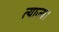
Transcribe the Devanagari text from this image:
त्याज्य।